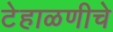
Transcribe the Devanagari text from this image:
टेहाळणीचे